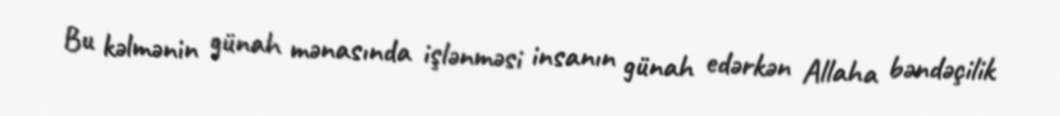
Bu kəlmənin günah mənasında işlənməsi insanın günah edərkən Allaha bəndəçilik